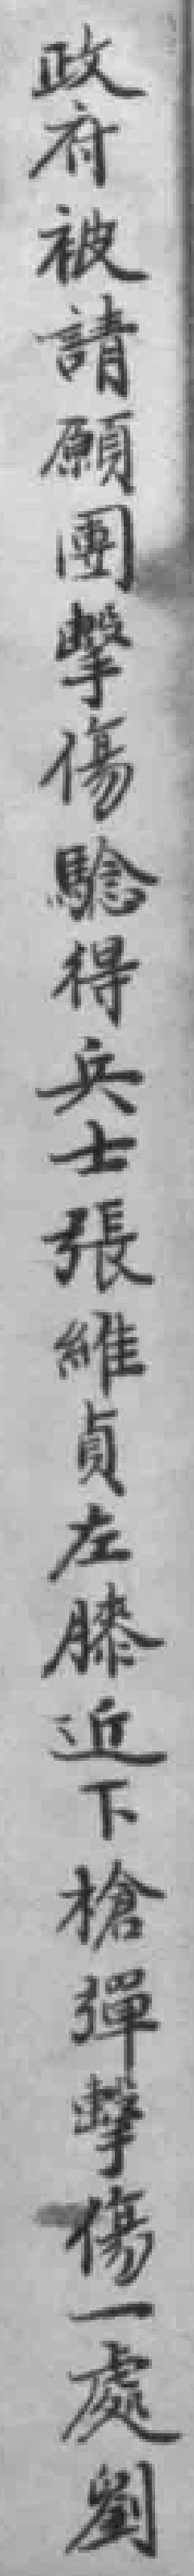
政府被請願團擊傷騐得兵士張維貞左膝近下槍彈擊傷一處劉